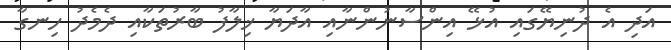
އަދި އެ ދުނިޔޭގައި އުޅޭ އިންސާނުންނާއި އާދަޔާ ޚިލާފު ބާރުތަކާއި ދެމެދު ހިނގާ